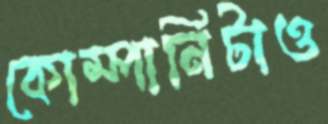
কোম্পানিটাও